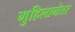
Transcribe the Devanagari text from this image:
गुहिलानंतर